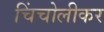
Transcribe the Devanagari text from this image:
चिंचोलीकर